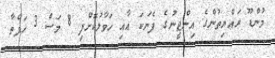
މުންޑޫ ރައްޔިތުންގެ އިންޖީނުގެ ފެނަކަ އާއި ހަވާލުކޮށްފި 8 މަސް 3 ހަފްތާ